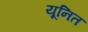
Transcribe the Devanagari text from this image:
यूनित